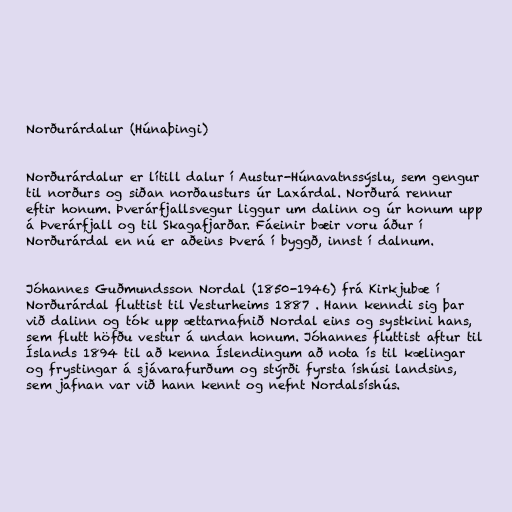
Norðurárdalur (Húnaþingi)

Norðurárdalur er lítill dalur í Austur-Húnavatnssýslu, sem gengur
til norðurs og siðan norðausturs úr Laxárdal. Norðurá rennur
eftir honum. Þverárfjallsvegur liggur um dalinn og úr honum upp
á Þverárfjall og til Skagafjarðar. Fáeinir bæir voru áður í
Norðurárdal en nú er aðeins Þverá í byggð, innst í dalnum.

Jóhannes Guðmundsson Nordal (1850-1946) frá Kirkjubæ í
Norðurárdal fluttist til Vesturheims 1887 . Hann kenndi sig þar
við dalinn og tók upp ættarnafnið Nordal eins og systkini hans,
sem flutt höfðu vestur á undan honum. Jóhannes fluttist aftur til
Íslands 1894 til að kenna Íslendingum að nota ís til kælingar
og frystingar á sjávarafurðum og stýrði fyrsta íshúsi landsins,
sem jafnan var við hann kennt og nefnt Nordalsíshús.